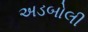
અડબોલી